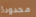
محدودة